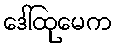
ဒေါ်ထုမေက